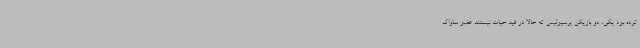
کرده بود یکی، دو بازیکن پرسپولیس که حالا در قید حیات نیستند عضو ساواک